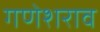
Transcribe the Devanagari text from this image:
गणेशराव